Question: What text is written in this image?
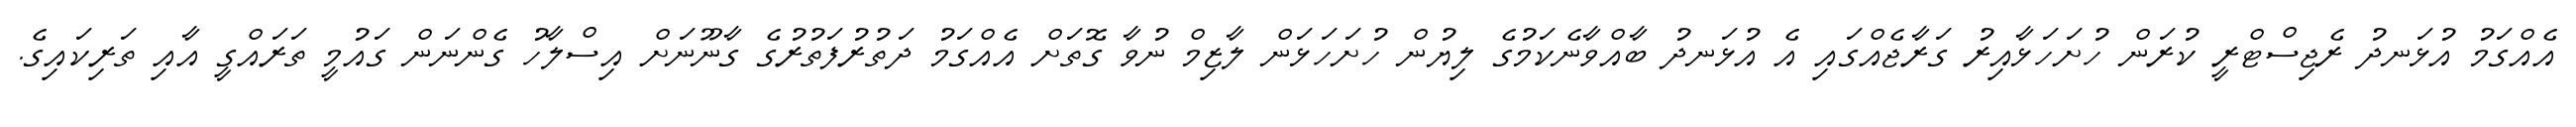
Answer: އެއްގަމު އުޅަނދު ރެޖިސްޓްރީ ކުރަން ހުށަހަޅާއިރު ގަރާޖެއްގައި އެ އުޅަނދު ބާއްވާނެކަމުގެ ލިޔުން ހުށަހަޅަން ލާޒިމް ނުވާ ގޮތަށް އެއްގަމު ދަތުރުފަތުރުގެ ގާނޫނަށް އިސްލާހު ގެންނަން ގައުމީ ތަރައްގީ އާއި ތަރިކައިގެ.